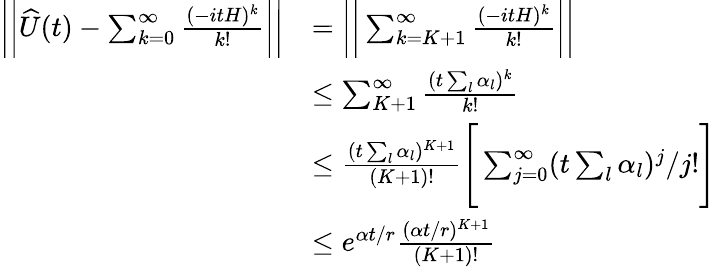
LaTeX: \begin{array}{rl}{\bigg\vert\bigg\vert\widehat{U}(t)-\sum_{k=0}^{\infty}\frac{(-itH)^{k}}{k!}\bigg\vert\bigg\vert}&{=\bigg\vert\bigg\vert\sum_{k=K+1}^{\infty}\frac{(-itH)^{k}}{k!}\bigg\vert\bigg\vert}\\ &{\le\sum_{K+1}^{\infty}\frac{(t\sum_{l}\alpha_{l})^{k}}{k!}}\\ &{\le\frac{(t\sum_{l}\alpha_{l})^{K+1}}{(K+1)!}\Bigg[\sum_{j=0}^{\infty}(t\sum_{l}\alpha_{l})^{j}/j!\Bigg]}\\ &{\le e^{\alpha t/r}\frac{(\alpha t/r)^{K+1}}{(K+1)!}}\end{array}